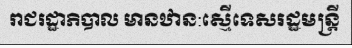
រាជរដ្ឋាភិបាល មានឋាន:ស្មើទេសរដ្ឋមន្ត្រី